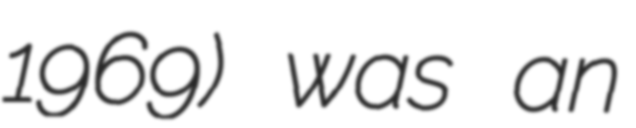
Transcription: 1969) was an